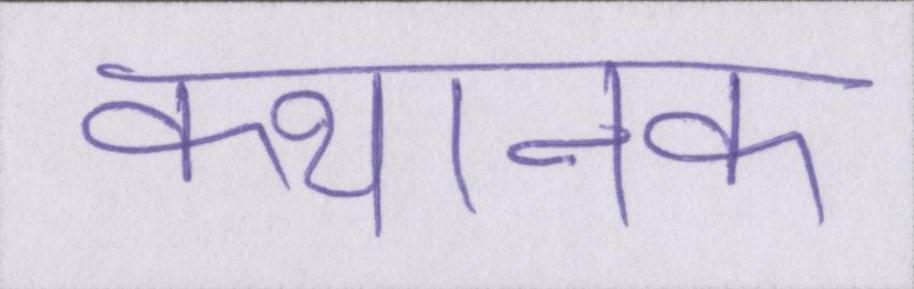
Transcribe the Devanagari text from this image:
कथानक